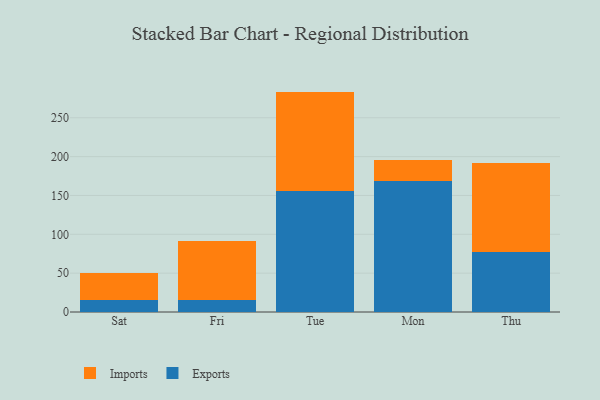
{"axis": {"x": "Day", "y": "Website Visitors"}, "legend": ["Exports", "Imports"], "data": [{"x": "Sat", "y": 15.6, "type": "Exports"}, {"x": "Sat", "y": 35.0, "type": "Imports"}, {"x": "Fri", "y": 15.2, "type": "Exports"}, {"x": "Fri", "y": 76.3, "type": "Imports"}, {"x": "Tue", "y": 155.2, "type": "Exports"}, {"x": "Tue", "y": 128.5, "type": "Imports"}, {"x": "Mon", "y": 168.2, "type": "Exports"}, {"x": "Mon", "y": 27.3, "type": "Imports"}, {"x": "Thu", "y": 77.4, "type": "Exports"}, {"x": "Thu", "y": 114.3, "type": "Imports"}]}